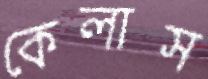
কেলাস